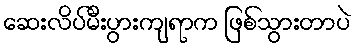
ဆေးလိပ်မီးပွားကျရာက ဖြစ်သွားတာပဲ